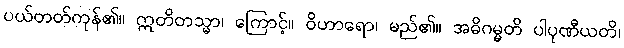
ပယ်တတ်ကုန်၏။ ဣတိတသ္မာ၊ ကြောင့်။ ဝိဟာရော၊ မည်၏။ အဓိဂမ္မတိ ပါပုဏီယတိ၊